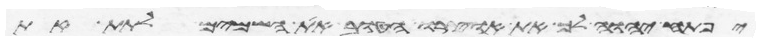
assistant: יפתח יהוה לך את אוצרו הטוב את השמים לתת את